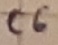
Text: C6